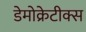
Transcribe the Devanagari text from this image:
डेमोक्रेटीक्स